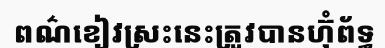
ពណ៌ខៀវស្រះនេះត្រូវបានហ៊ុំព័ទ្ធ